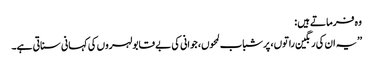
وہ فرماتے ہیں :
’’یہ ان کی رنگین راتوں، پر شباب لمحوں، جوانی کی بے قابو لہروں کی کہانی سناتی ہے۔